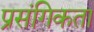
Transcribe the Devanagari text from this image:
प्रसंगिकता